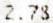
2.78